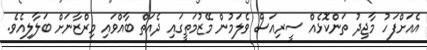
އެއަށްފަހު މާޖިދު ތަންކޮޅެއް ސީރިއަސް ވެލަމުން މޭޒުމަތީގައި ދެއަތް ބާއްވައި މިރްޒާނަށް ބަލާލިއެވެ.